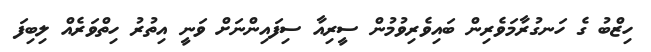
ހިޒްބު ގެ ހަނގުރާމަވެރިން ބައިވެރިވުމުން ސީރިއާ ސިފައިންނަށް ވަނީ އިތުރު ހިތްވަރެއް ލިބިފަ